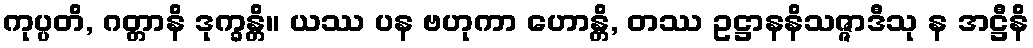
ကုပ္ပတိ, ဂတ္တာနိ ဒုက္ခန္တိ။ ယဿ ပန ဗဟုကာ ဟောန္တိ, တဿ ဥဋ္ဌာနနိသဇ္ဇာဒီသု န အဋ္ဌီနိ